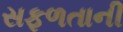
સફળતાની